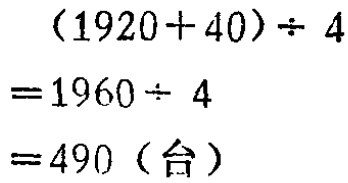
\[

\begin{align*}

&(1920 + 40)\div 4\\

=&1960\div 4\\

=&490 (\text{台})

\end{align*}

\]